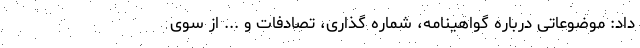
داد: موضوعاتی درباره گواهینامه، شماره گذاری، تصادفات و ... از سوی